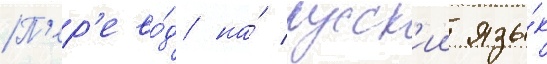
П'ер'ево́д на́ русск'ии язы́к